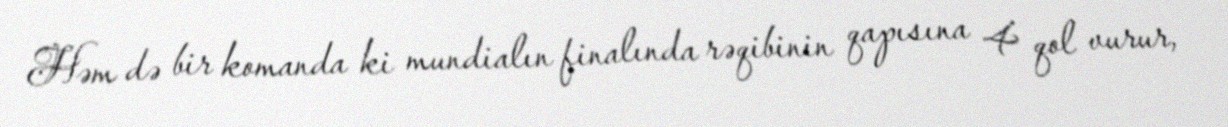
Həm də bir komanda ki mundialın finalında rəqibinin qapısına 4 qol vurur,